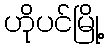
ဟိုပင်မြို့